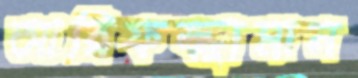
আরিফজ্জামান